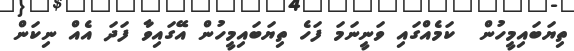
ތިޔަބައިމީހުން  ކަމެއްގައި ވަނީނަމަ ފަހެ ތިޔަބައިމީހުން އޭގައިވާ ފަދަ އެއް ނިކަން